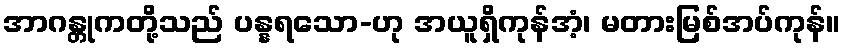
အာဂန္တုကတို့သည် ပန္နရသော-ဟု အယူရှိကုန်အံ့၊ မတားမြစ်အပ်ကုန်။